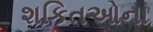
શકિતઓના